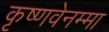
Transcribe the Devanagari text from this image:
कृष्णवेनम्मा